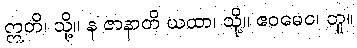
ဣတိ၊ သို့။ န ဇာနာတိ ယထာ၊ သို့။ ဧဝမေဝ၊ တူ။